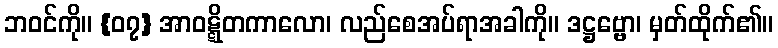
ဘဝင်ကို။ {၀၇} အာဝဋ္ဋိတကာလော၊ လည်စေအပ်ရာအခါကို။ ဒဋ္ဌဗ္ဗော၊ မှတ်ထိုက်၏။